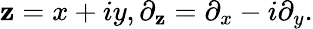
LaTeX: \mathbf{z}=x+iy,\partial_{\mathbf{z}}=\partial_{x}-i\partial_{y}.